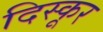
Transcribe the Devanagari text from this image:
दिस्कूर